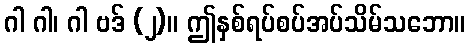
ဂါ ဂါ၊ ဂါ ဗဒ် (၂)။ ဤနှစ်ရပ်စပ်အပ်သိမ်သဘော။